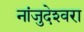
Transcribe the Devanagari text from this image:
नांजुदेश्‍वरा